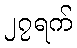
၂၇ရက်